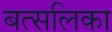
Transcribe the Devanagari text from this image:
बत्सलिका